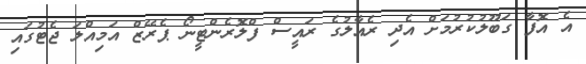
އެ އޮފާ ގަބޫލުކުރުމަށް އެދި ރެއާލުގެ ރައީސް ފްލޮރެންޓީނޯ ޕެރޭޒް އަމިއްލަ ޖެޓުގައި